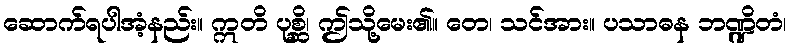
ဆောက်ရပါအံ့နည်း။ ဣတိ ပုစ္ဆိ၊ ဤသို့မေး၏။ တေ၊ သင်အား။ ပသာဓန ဘဏ္ဍိတံ၊